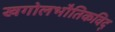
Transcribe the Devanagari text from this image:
खगोलभौतिकविद्